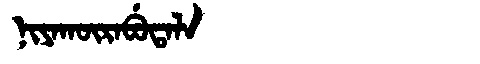
Manchu: ᠨᡳᠶᠠᡴᡡᡵᠠᠪᡠᡨᠠᠯᠠ
Romanization: NIYAKŪRABUTALA